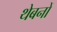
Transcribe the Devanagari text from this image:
थेबनों